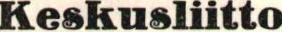
Keskusliitto